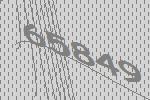
65849